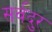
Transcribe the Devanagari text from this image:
सर्वदुर